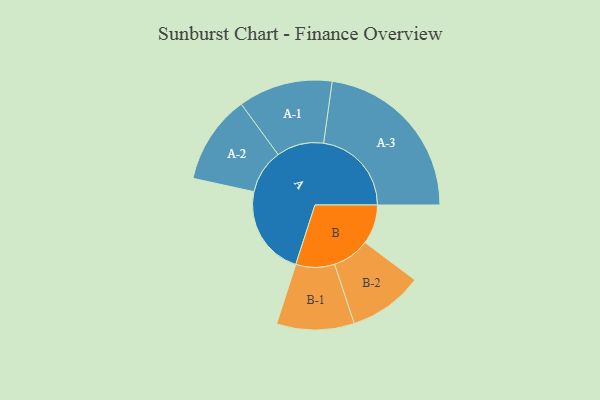
{"axis": {"x": "Segment", "y": "Value"}, "legend": ["", "A", "B"], "data": [{"x": "A", "y": 291, "type": ""}, {"x": "B", "y": 127, "type": ""}, {"x": "A-1", "y": 152, "type": "A"}, {"x": "A-2", "y": 143, "type": "A"}, {"x": "A-3", "y": 283, "type": "A"}, {"x": "B-1", "y": 125, "type": "B"}, {"x": "B-2", "y": 120, "type": "B"}]}